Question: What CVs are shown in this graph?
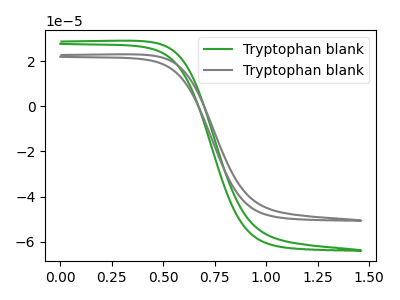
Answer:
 <answer>The green curve is labeled "Tryptophan blank1". The gray curve is labeled "Tryptophan blank2".</answer>
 <eval></eval>